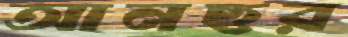
আনছর